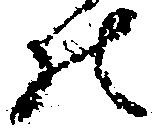
の